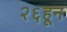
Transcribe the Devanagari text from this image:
२६हून